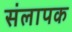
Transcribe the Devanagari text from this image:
संलापक